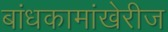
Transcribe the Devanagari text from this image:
बांधकामांखेरीज